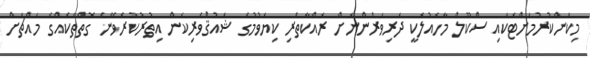
މިކަންކުރުމަށްޓަކައި ސްކޫލް މާހައުލަކީ ދަރިވަރުންނަށް ރައްކާތެރި ކިޔަވުމުގެ ޝައުޤުވެރިކަން އިތުރުކުރެވޭނެ ގޮތްތަކެއްގެ މައްޗަށް